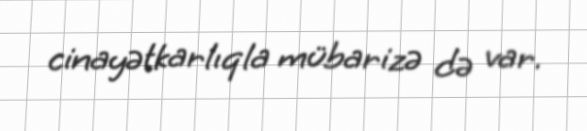
cinayətkarlıqla mübarizə də var.